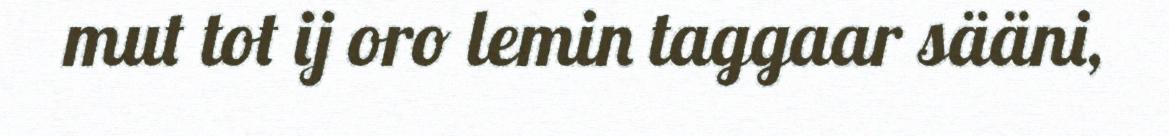
mut tot ij oro lemin taggaar sääni,